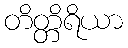
တိတ္တိရိယာ